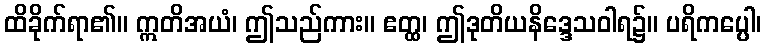
ထိခိုက်ရာ၏။ ဣတိအယံ၊ ဤသည်ကား။ ဧတ္ထ၊ ဤဒုတိယနိဒ္ဒေသဝါရ၌။ ပရိကပ္ပေါ၊